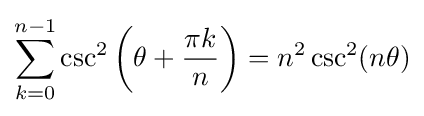
\sum _{k=0}^{n-1}\csc ^{2}\left(\theta +{\frac {\pi k}{n}}\right)=n^{2}\csc ^{2}(n\theta )